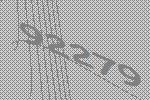
92279